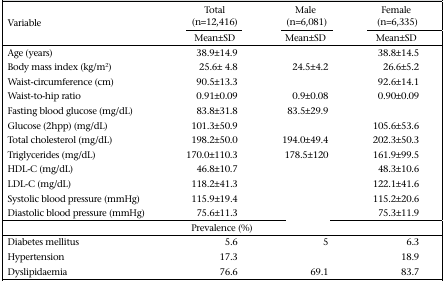
<table><thead><tr><td rowspan="2"><b>Variable</b></td><td><b>Total (n=12,416)</b></td><td><b>Male (n=6,081)</b></td><td><b>Female (n=6,335)</b></td></tr><tr><td><b>Mean±SD</b></td><td><b>Mean±SD</b></td><td><b>Mean±SD</b></td></tr></thead><tbody><tr><td>Age (years)</td><td>38.9±14.9</td><td>[EMPTY_CELL]</td><td>38.8±14.5</td></tr><tr><td>Body mass index (kg/m<sup>2</sup>)</td><td>25.6± 4.8</td><td>24.5±4.2</td><td>26.6±5.2</td></tr><tr><td>Waist-circumference (cm)</td><td>90.5±13.3</td><td>[EMPTY_CELL]</td><td>92.6±14.1</td></tr><tr><td>Waist-to-hip ratio</td><td>0.91±0.09</td><td>0.9±0.08</td><td>0.90±0.09</td></tr><tr><td>Fasting blood glucose (mg/dL)</td><td>83.8±31.8</td><td>83.5±29.9</td><td>[EMPTY_CELL]</td></tr><tr><td>Glucose (2hpp) (mg/dL)</td><td>101.3±50.9</td><td>[EMPTY_CELL]</td><td>105.6±53.6</td></tr><tr><td>Total cholesterol (mg/dL)</td><td>198.2±50.0</td><td>194.0±49.4</td><td>202.3±50.3</td></tr><tr><td>Triglycerides (mg/dL)</td><td>170.0±110.3</td><td>178.5±120</td><td>161.9±99.5</td></tr><tr><td>HDL-C (mg/dL)</td><td>46.8±10.7</td><td>[EMPTY_CELL]</td><td>48.3±10.6</td></tr><tr><td>LDL-C (mg/dL)</td><td>118.2±41.3</td><td>[EMPTY_CELL]</td><td>122.1±41.6</td></tr><tr><td>Systolic blood pressure (mmHg)</td><td>115.9±19.4</td><td>[EMPTY_CELL]</td><td>115.2±20.6</td></tr><tr><td>Diastolic blood pressure (mmHg)</td><td>75.6±11.3</td><td>[EMPTY_CELL]</td><td>75.3±11.9</td></tr><tr><td colspan="4">Prevalence (%)</td></tr><tr><td>Diabetes mellitus</td><td>5.6</td><td>5</td><td>6.3</td></tr><tr><td>Hypertension</td><td>17.3</td><td>[EMPTY_CELL]</td><td>18.9</td></tr><tr><td>Dyslipidaemia</td><td>76.6</td><td>69.1</td><td>83.7</td></tr></tbody></table>